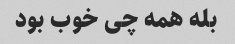
بله همه چی خوب بود